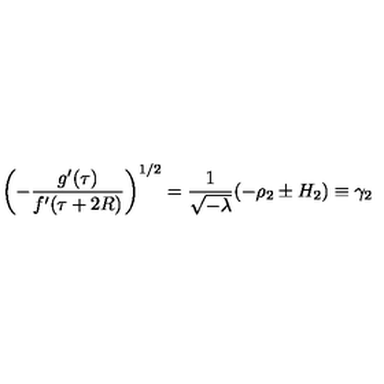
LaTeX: \left( - \frac { g ^ { \prime } ( \tau ) } { f ^ { \prime } ( \tau + 2 R ) } \right) ^ { 1 / 2 } = \frac { 1 } { \sqrt { - \lambda } } ( - \rho _ { 2 } \pm H _ { 2 } ) \equiv \gamma _ { 2 }